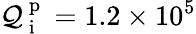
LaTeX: \mathcal{Q}_{\mathrm{{~i~}}}^{\mathrm{{~p~}}}=1.2\times10^{5}